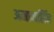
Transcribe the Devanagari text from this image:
अमानसिंह